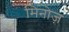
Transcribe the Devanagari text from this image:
मिनोज़